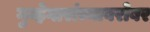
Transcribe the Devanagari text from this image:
गुन्हेगारांच्याबरोबर